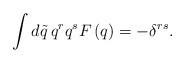
LaTeX: \begin{align*}\int d\tilde q\, q^rq^sF\left( q\right) =-\delta ^{rs}.\end{align*}